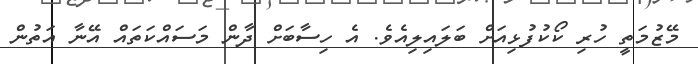
މޭޒުމަތީ ހުރި ކޯކުފުޅިއަށް ބަލައިލިއެވެ. އެ ހިސާބަށް ދާން މަސައްކަތައް އޭނާ އަތުން